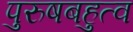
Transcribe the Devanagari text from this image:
पुरुषबहुत्व